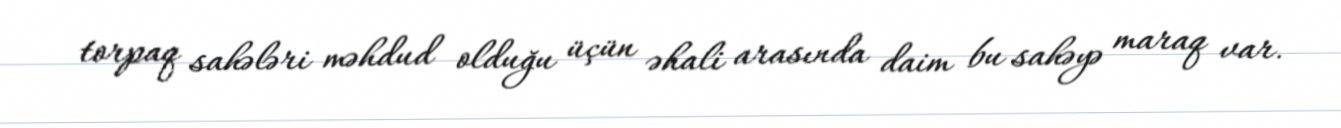
torpaq sahələri məhdud olduğu üçün əhali arasında daim bu sahəyə maraq var.